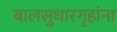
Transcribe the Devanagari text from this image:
बालसुधारगृहांना